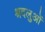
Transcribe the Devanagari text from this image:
श्रदलुओं